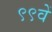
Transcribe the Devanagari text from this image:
९९वें